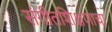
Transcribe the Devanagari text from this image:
संगीतशिक्षणाचा